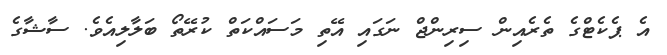
އެ ޕެކެޓްގެ ތެރެއިން ސިރިންޖް ނަގައި އޭތި މަސައްކަތް ކުރޭތޯ ބަލާލިއެވެ. ސާޝާގެ